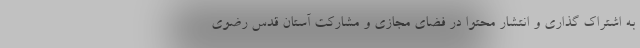
به اشتراک گذاری و انتشار محتوا در فضای مجازی و مشارکت آستان قدس رضوی